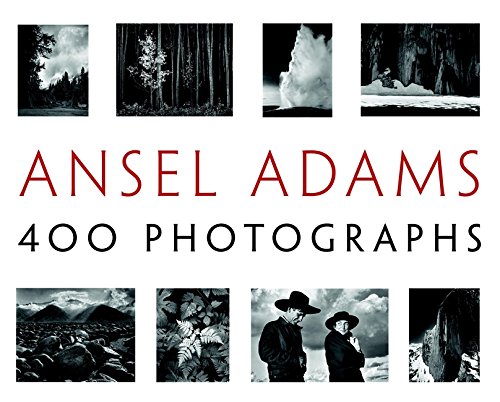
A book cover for Ansel Adams: 400 Photographs; Ansel Adams; Arts & Photography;